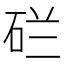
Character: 𬒇